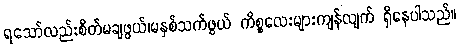
ရသော်လည်းစိတ်မချဖွယ်၊မနှစ်သက်ဖွယ် ကိစ္စလေးများကျန်လျက် ရှိနေပါသည်။